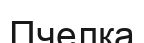
Пчелка